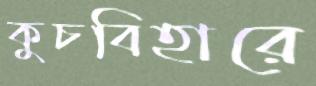
কুচবিহারে